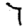
Digit: 7